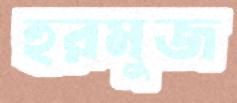
হুরমুজ